Document type: Testament
Year: 1300
Scribe: Bonanat d'Esparreguera
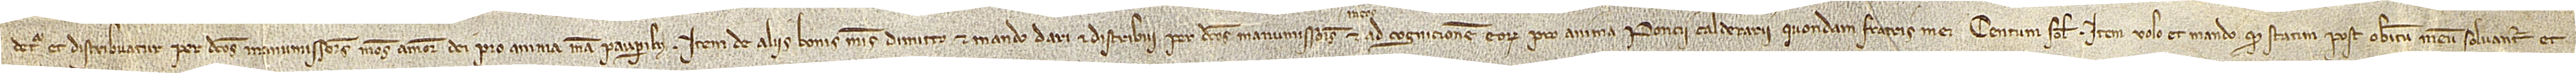
detur et distribuatur per dictos manumissores meos amore Dei pro anima mea pauperibus. Item, de aliis bonis meis dimitto et mando dari et distriubui per dictos manumissores et ad cognicionem eorum pro anima Poncii Calderarii, quondam, fratris mei, centum solidos. Item, volo et mando quod statim post obitum meum solvantur et